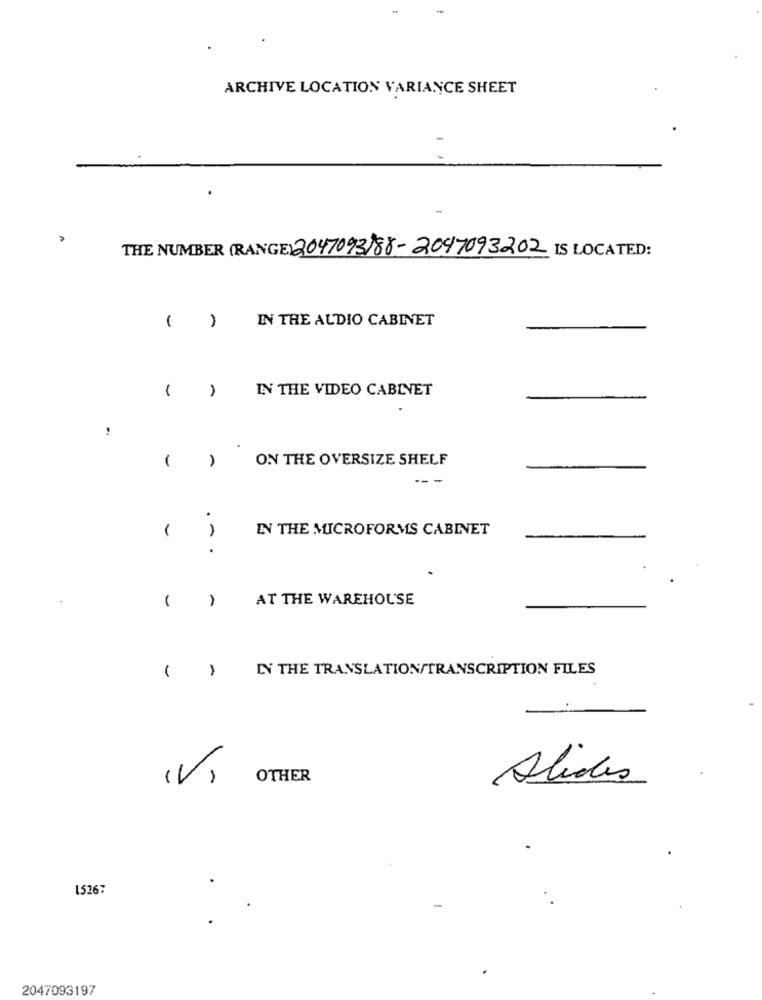
ARCHIVE LOCATION VARIANCE SHEET
THE NUMBER (RANGE) 2047093)88-2097093202 IS LOCATED:
IN THE AUDIO CABINET
-
IN THE VIDEO CABINET
-
ON THE OVERSIZE SHELF
-
---
.
IN THE MICROFORMS CABINET
.
AT THE WAREHOUSE
-
IN THE TRANSLATION/TRANSCRIPTION FILES
(V)
OTHER
Alides
15267
2047093197